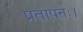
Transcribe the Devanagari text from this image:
प्रतापनः।